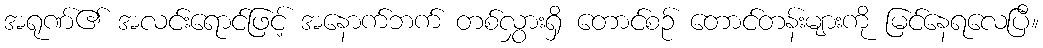
အရုဏ်၏ အလင်းရောင်ဖြင့် အနောက်ဘက် တစ်လွှားရှိ တောင်စဉ် တောင်တန်းများကို မြင်နေရလေပြီ။